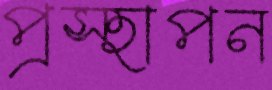
প্রস্হাপন